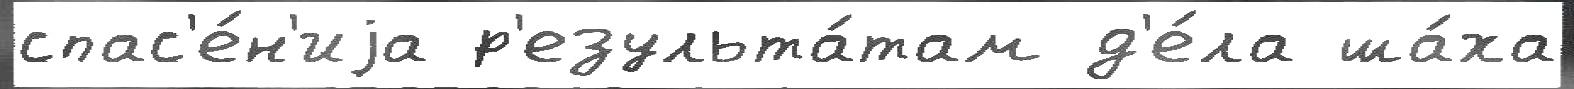
спас'е́н'иjа р'езульта́там д'е́ла ша́ха